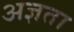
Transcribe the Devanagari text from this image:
अज्ञता